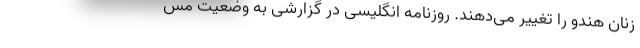
زنان هندو را تغییر می‌دهند. روزنامه انگلیسی در گزارشی به وضعیت مس